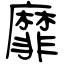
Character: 靡